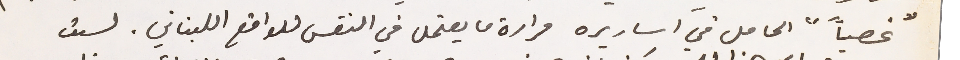
"غصباً " الحامل في اساريره مرارة ما يعتمل في النفس للواقع اللبناني. لست